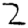
Digit: 2